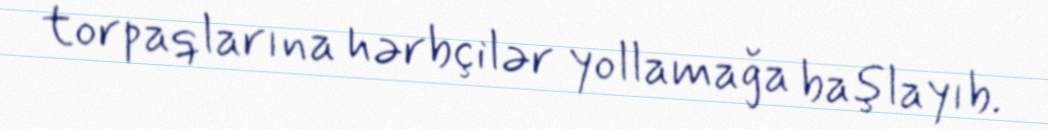
torpaqlarına hərbçilər yollamağa başlayıb.